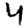
Digit: 4